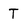
Character: T